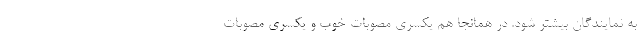
به نمایندگان بیشتر شود. در همانجا هم یکسری مصوبات خوب و یکسری مصوبات